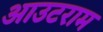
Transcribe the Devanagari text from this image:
आउटराम